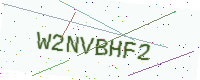
Text: W2NVBHF2